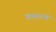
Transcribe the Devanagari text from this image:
यासरखे